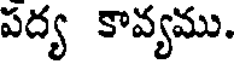
పద్య కావ్యము.